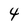
Character: 4